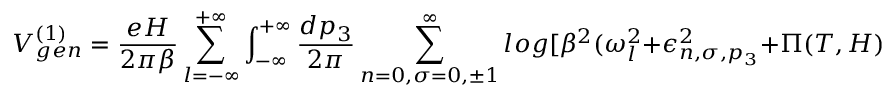
V _ { g e n } ^ { ( 1 ) } = \frac { e H } { 2 \pi \beta } \sum _ { l = - \infty } ^ { + \infty } \int _ { - \infty } ^ { + \infty } \frac { d p _ { 3 } } { 2 \pi } \sum _ { n = 0 , \sigma = 0 , \pm 1 } ^ { \infty } l o g [ \beta ^ { 2 } ( \omega _ { l } ^ { 2 } + \epsilon _ { n , \sigma , p _ { 3 } } ^ { 2 } + \Pi ( T , H ) ) ] ,